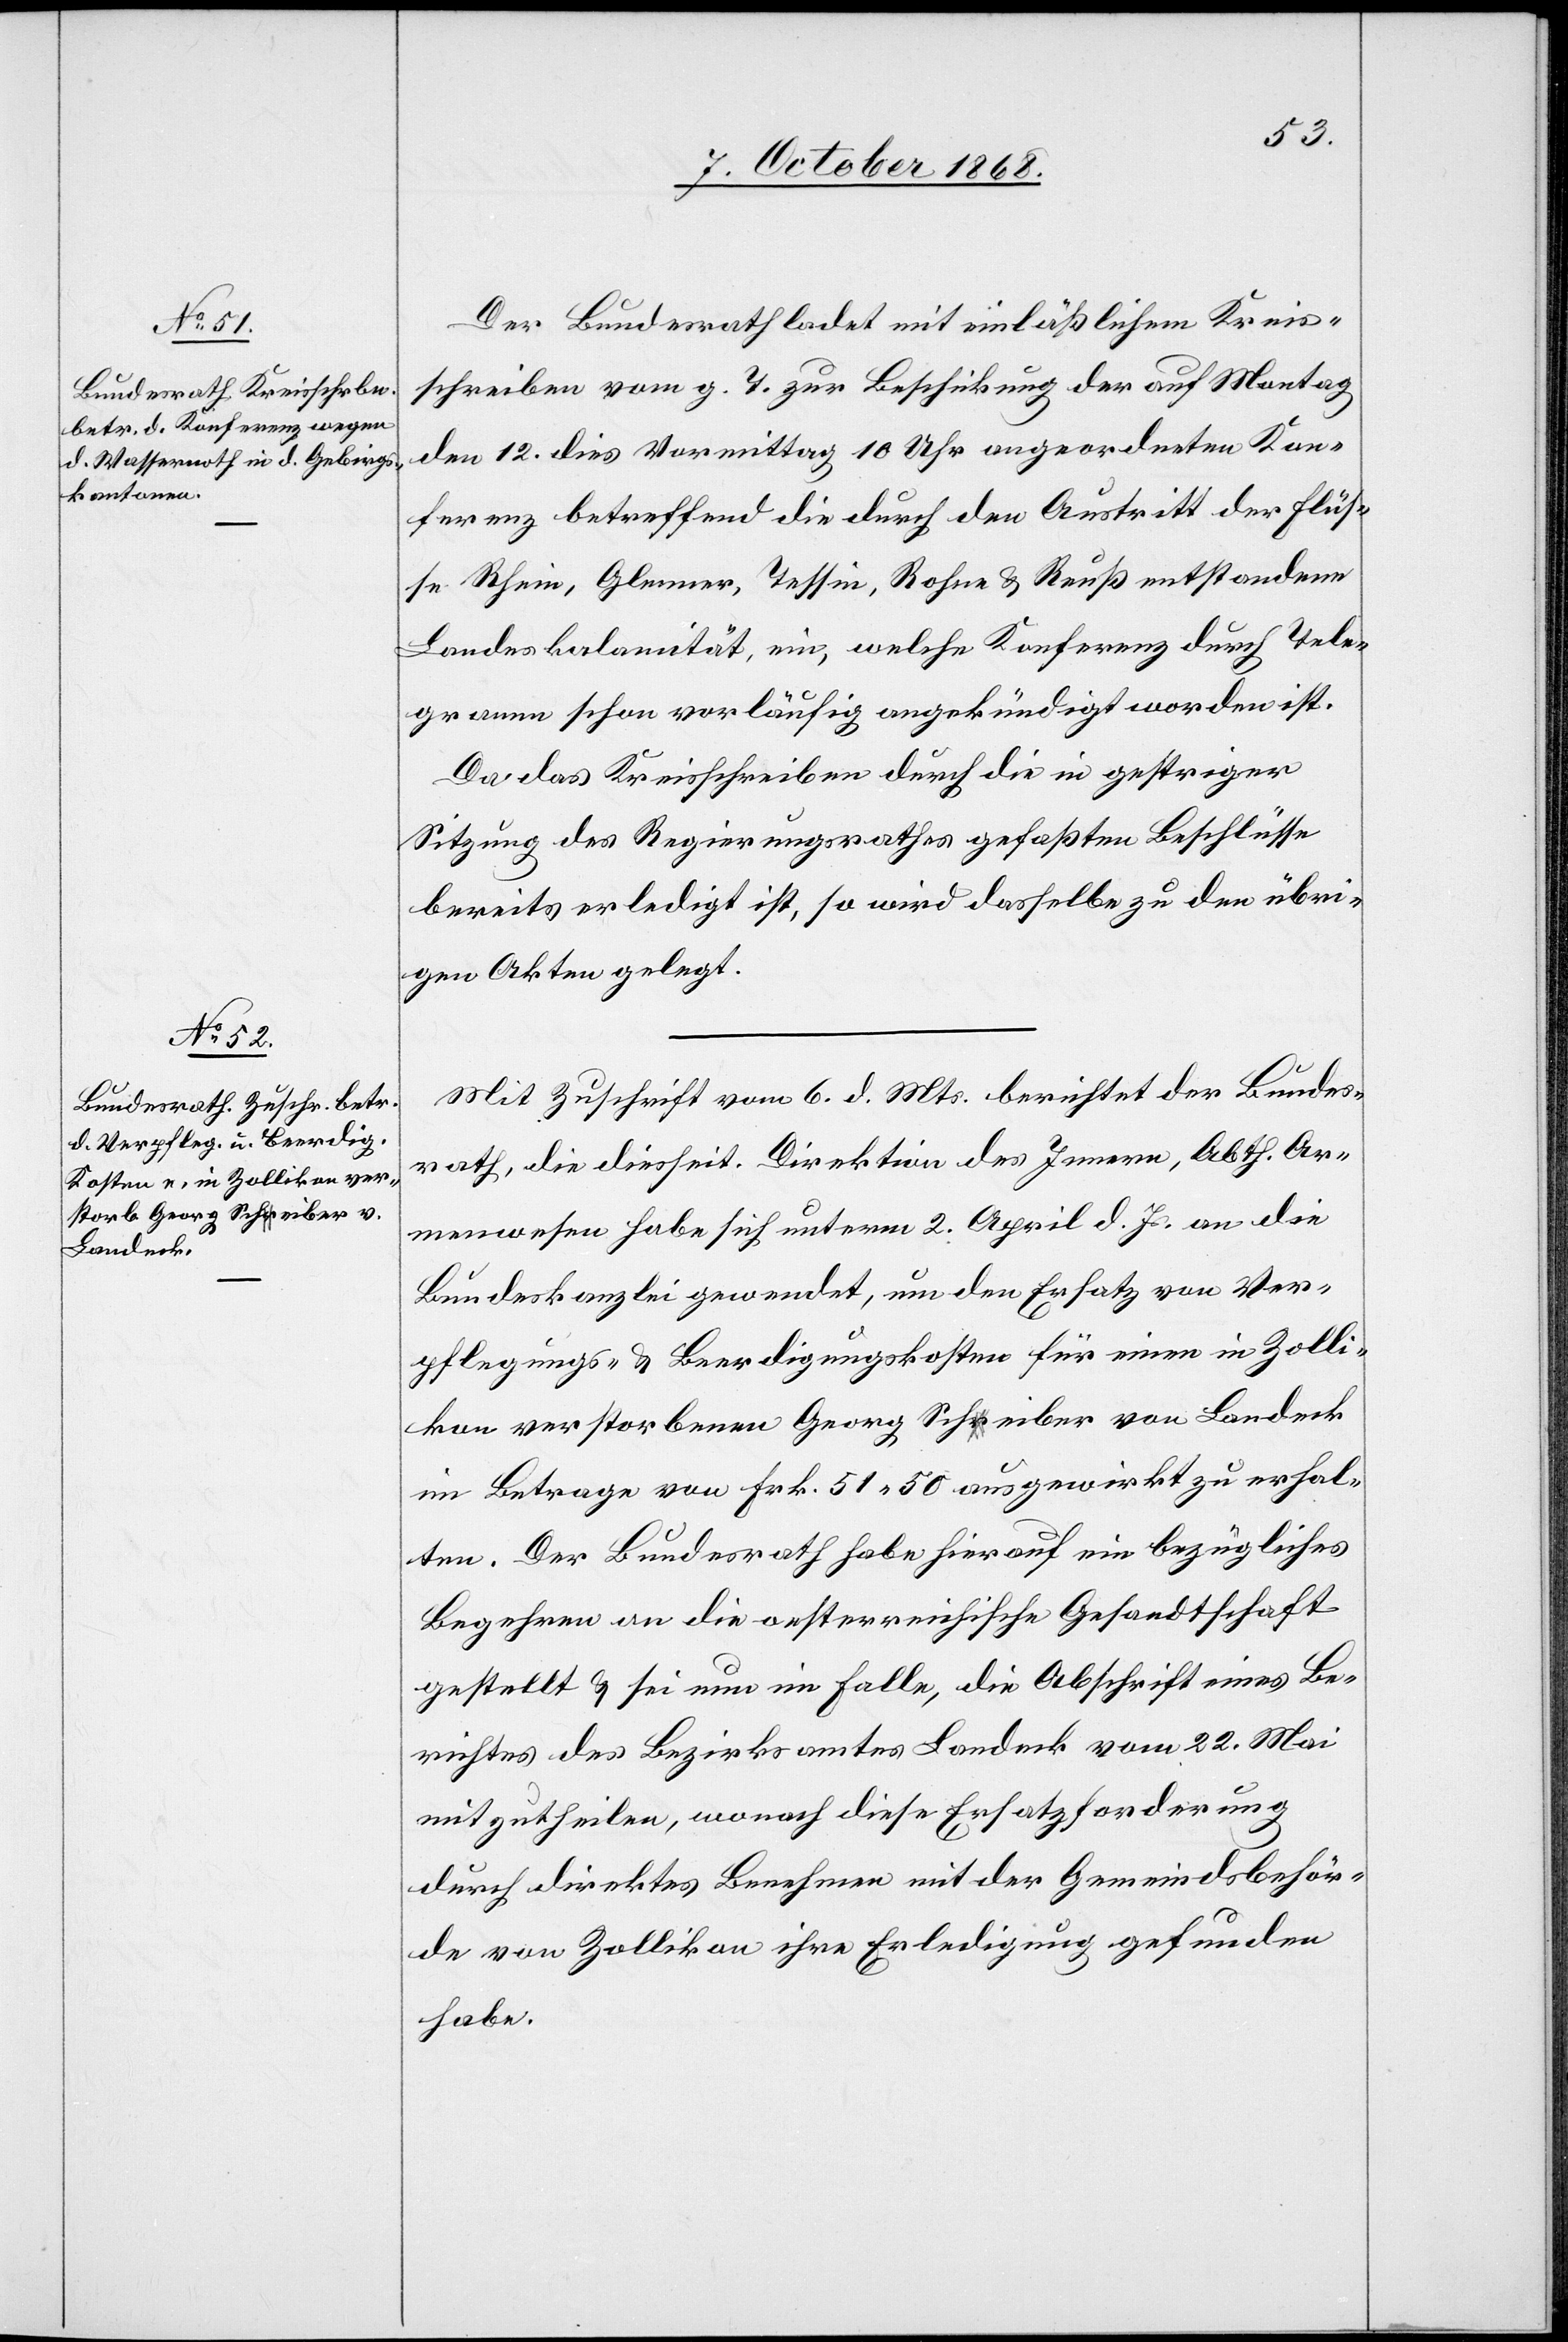
8. October 1868.]
Der Bundesrath ladet mit einläßlichem Kreis¬
schreiben vom g. T. zur Beschickung der auf Montag
den 12. dies Vormittag 10 Uhr angeordneten Kon¬
ferenz betreffend die durch den Austritt der Flüs¬
se Rhein, Glenner, Tessin, Rohne & Reuß entstandene
Landeskalamität, ein, welche Konferenz durch Tele¬
gramm schon vorläufig angekündigt worden ist.
Da das Kreisschreiben durch die in gestriger
Sitzung des Regierungsrathes gefaßten Beschlüsse
bereits erledigt ist, so wird dasselbe zu den übri¬
gen Akten gelegt.
Mit Zuschrift vom 6. d. Mts. berichtet der Bundes¬
rath, die diesseit. Direktion des Innern, Abth. Ar¬
menwesen habe sich unterm 2. April d. Js. an die
Bundeskanzlei gewendet, um den Ersatz von Ver¬
pflegungs- & Beerdigungskosten für einen in Zolli¬
kon verstorbenen Georg Scha-r-aeiber von Landeck
im Betrage von Frk. 51.50 ausgewirkt zu erhal¬
ten. Der Bundesrath habe hierauf ein bezügliches
Begehren an die oesterreichische Gesandtschaft
gestellt & sei nun im Falle, die Abschrift eines Be¬
richtes des Bezirksamtes Landeck vom 22. Mai
mitzutheilen, wonach diese Ersatzforderung
durch direktes Benehmen mit der Gemeindsbehör¬
de von Zollikon ihre Erledigung gefunden
habe.